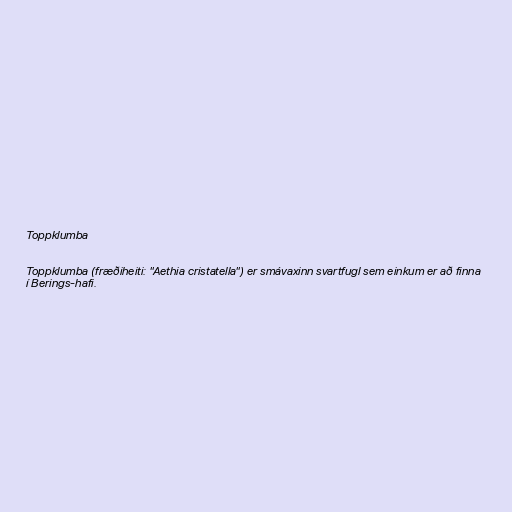
Toppklumba

Toppklumba (fræðiheiti: "Aethia cristatella") er smávaxinn svartfugl sem einkum er að finna
í Berings-hafi.